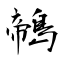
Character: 鶙